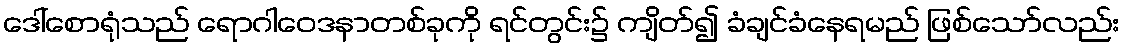
ဒေါ်စောရုံသည် ရောဂါဝေဒနာတစ်ခုကို ရင်တွင်း၌ ကျိတ်၍ ခံချင်ခံနေရမည် ဖြစ်သော်လည်း